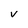
Character: v